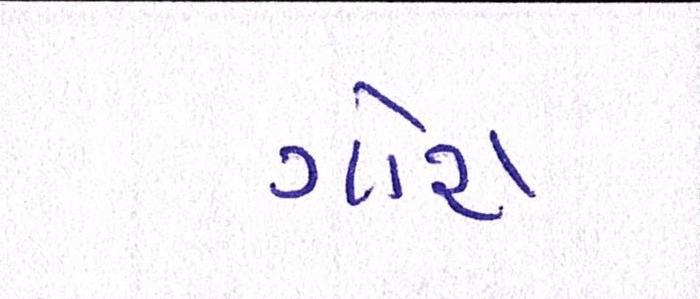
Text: ગોરા